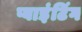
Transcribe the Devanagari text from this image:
प्वाइंटिंग